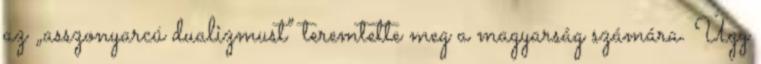
az „asszonyarcú dualizmust” teremtette meg a magyarság számára. Úgy